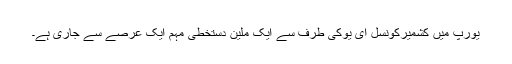
یورپ میں کشمیرکونسل ای یوکی طرف سے ایک ملین دستخطی مہم ایک عرصے سے جاری ہے۔